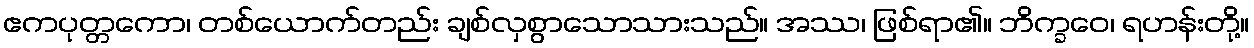
ဧကပုတ္တကော၊ တစ်ယောက်တည်း ချစ်လှစွာသောသားသည်။ အဿ၊ ဖြစ်ရာ၏။ ဘိက္ခဝေ၊ ရဟန်းတို့။